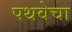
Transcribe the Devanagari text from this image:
पथवेचा